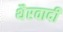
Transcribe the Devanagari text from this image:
थैरवादी